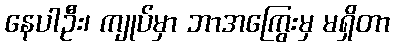
နေပါဦး၊ ကျုပ်မှာ ဘာအကြွေးမှ မရှိတာ